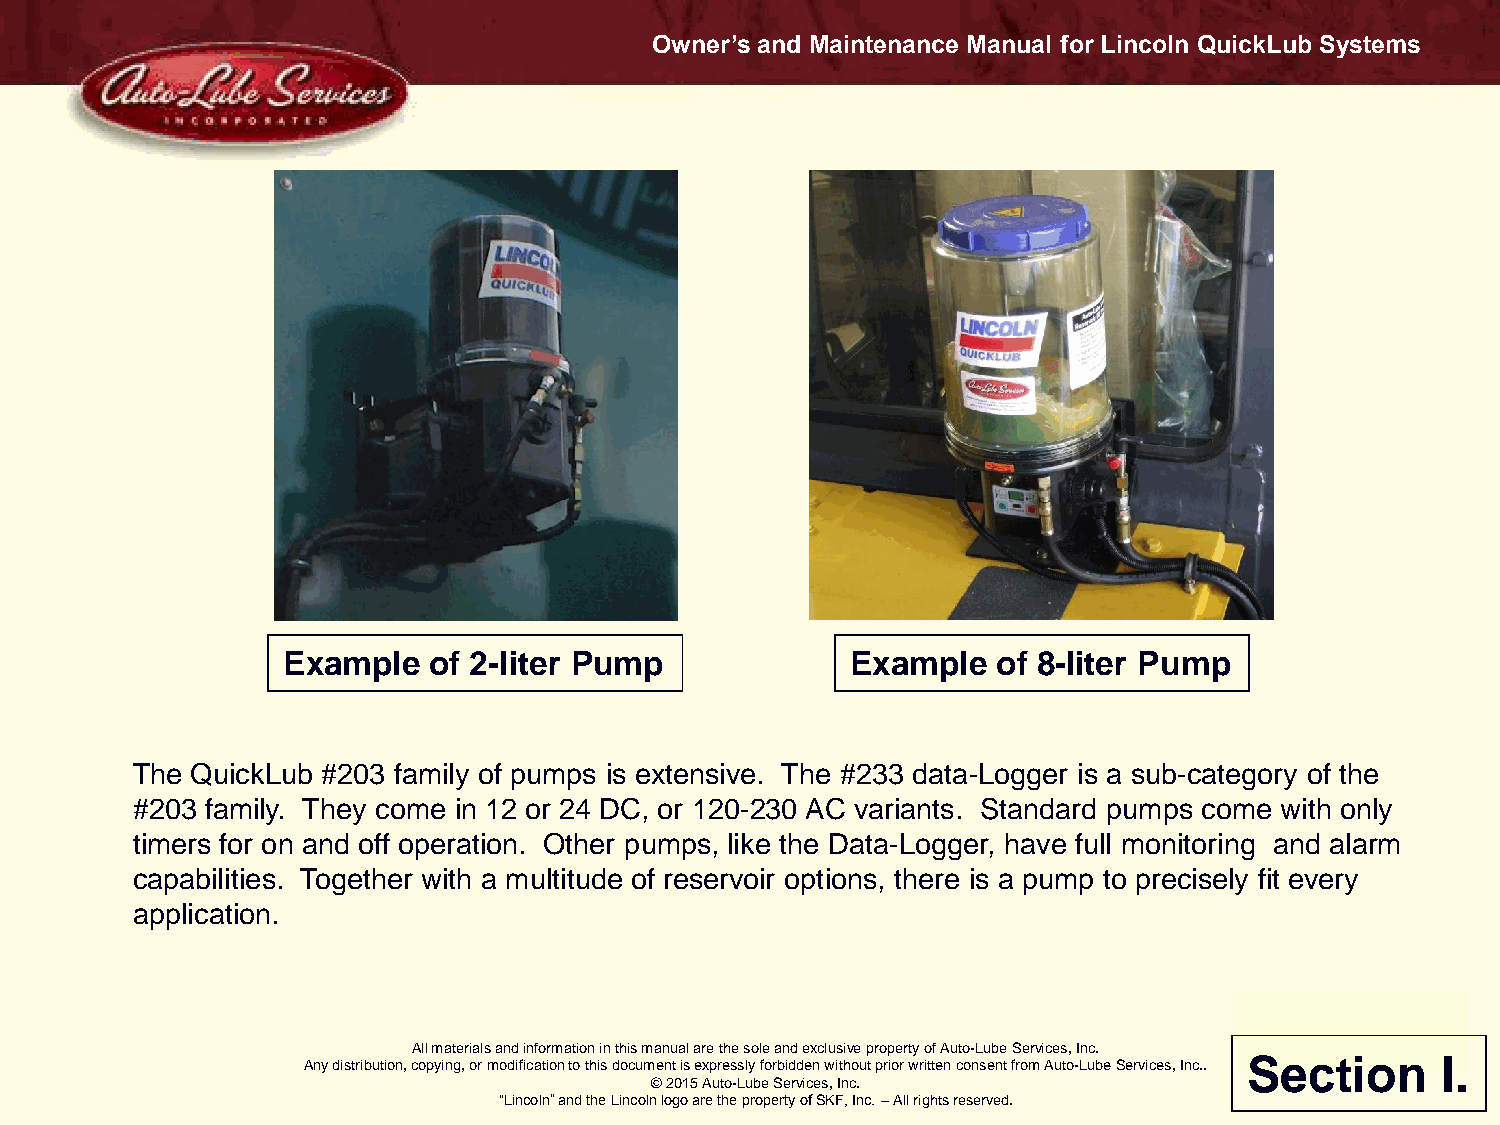
Owner’s and Maintenance Manual for Lincoln QuickLub Systems
 Example  of 2-liter Pump             Example   of 8-liter Pump
 The QuickLub #203 family of pumps is extensive. The #233 data-Logger is a sub-category of the
 #203 family. They come in 12 or 24 DC, or 120-230 AC variants. Standard pumps come with only
 timers for on and off operation. Other pumps, like the Data-Logger, have full monitoring and alarm
 capabilities. Together with a multitude of reservoir options, there is a pump to precisely fit every
 application.
 All materials and information in this manual are the sole and exclusive property of Auto-Lube Services, Inc.
 Section     I.
 Any distribution, copying, or modification to this document is expressly forbidden without prior written consent from Auto-Lube Services, Inc..
 © 2015 Auto-Lube Services, Inc.
 “Lincoln” and the Lincoln logo are the property of SKF, Inc. – All rights reserved.